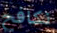
نكافح